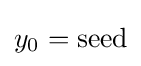
y_{0}={\rm {seed}}